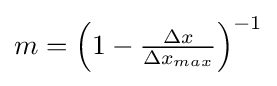
{\textstyle m={\Bigl (}1-{\frac {\Delta x}{\Delta x_{max}}}{\Bigr )}^{-1}}